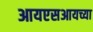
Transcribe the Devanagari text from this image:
आयएसआयच्या